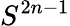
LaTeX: S^{2n-1}